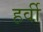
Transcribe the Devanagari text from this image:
हर्वी